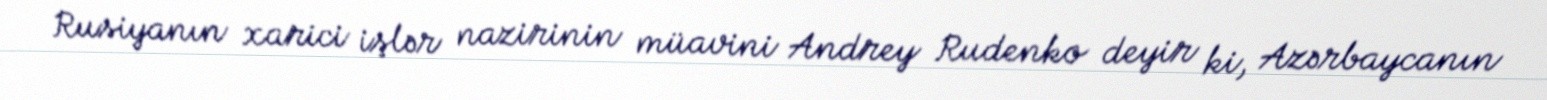
Rusiyanın xarici işlər nazirinin müavini Andrey Rudenko deyir ki, Azərbaycanın